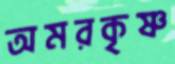
অমরকৃষ্ণ